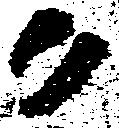
ク